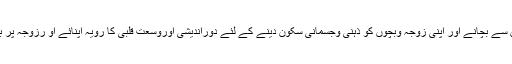
اس لئے اپنے گھرکوتلخیوں سے بچانے اور اپنی زوجہ وبچوں کو ذہنی وجسمانی سکون دینے کے لئے دُوراندیشی اوروسعت قلبی کا روّیہ اپنائے او رزوجہ پر بے جااصرار نہ کیا جائے ۔